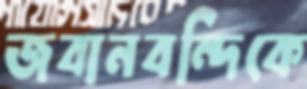
জবানবন্দিকে